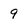
Character: 9